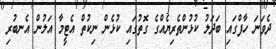
ދެވަނަ ހާފްގައި ބަދަލު ކުޅުންތެރިޔެއްގެ ގޮތުގައި ކުޅެން ނިކުތް އެޓީމާ އަލުން އެނބުރި